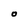
Character: O